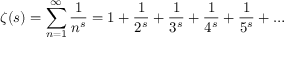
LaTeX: \zeta ( s ) = \sum _ { n = 1 } ^ { \infty } { \frac { 1 } { n ^ { s } } } = 1 + { \frac { 1 } { 2 ^ { s } } } + { \frac { 1 } { 3 ^ { s } } } + { \frac { 1 } { 4 ^ { s } } } + { \frac { 1 } { 5 ^ { s } } } + \ldots